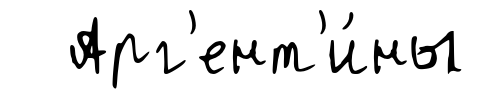
Арг'ент'и́ны